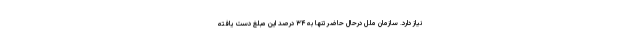
نیاز دارد. سازمان ملل درحال حاضر تنها به ۳۴ درصد این مبلغ دست یافته